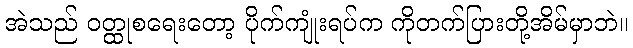
အဲသည် ဝတ္ထုစရေးတော့ ပိုက်ကျုံးရပ်က ကိုတက်ပြားတို့အိမ်မှာဘဲ။